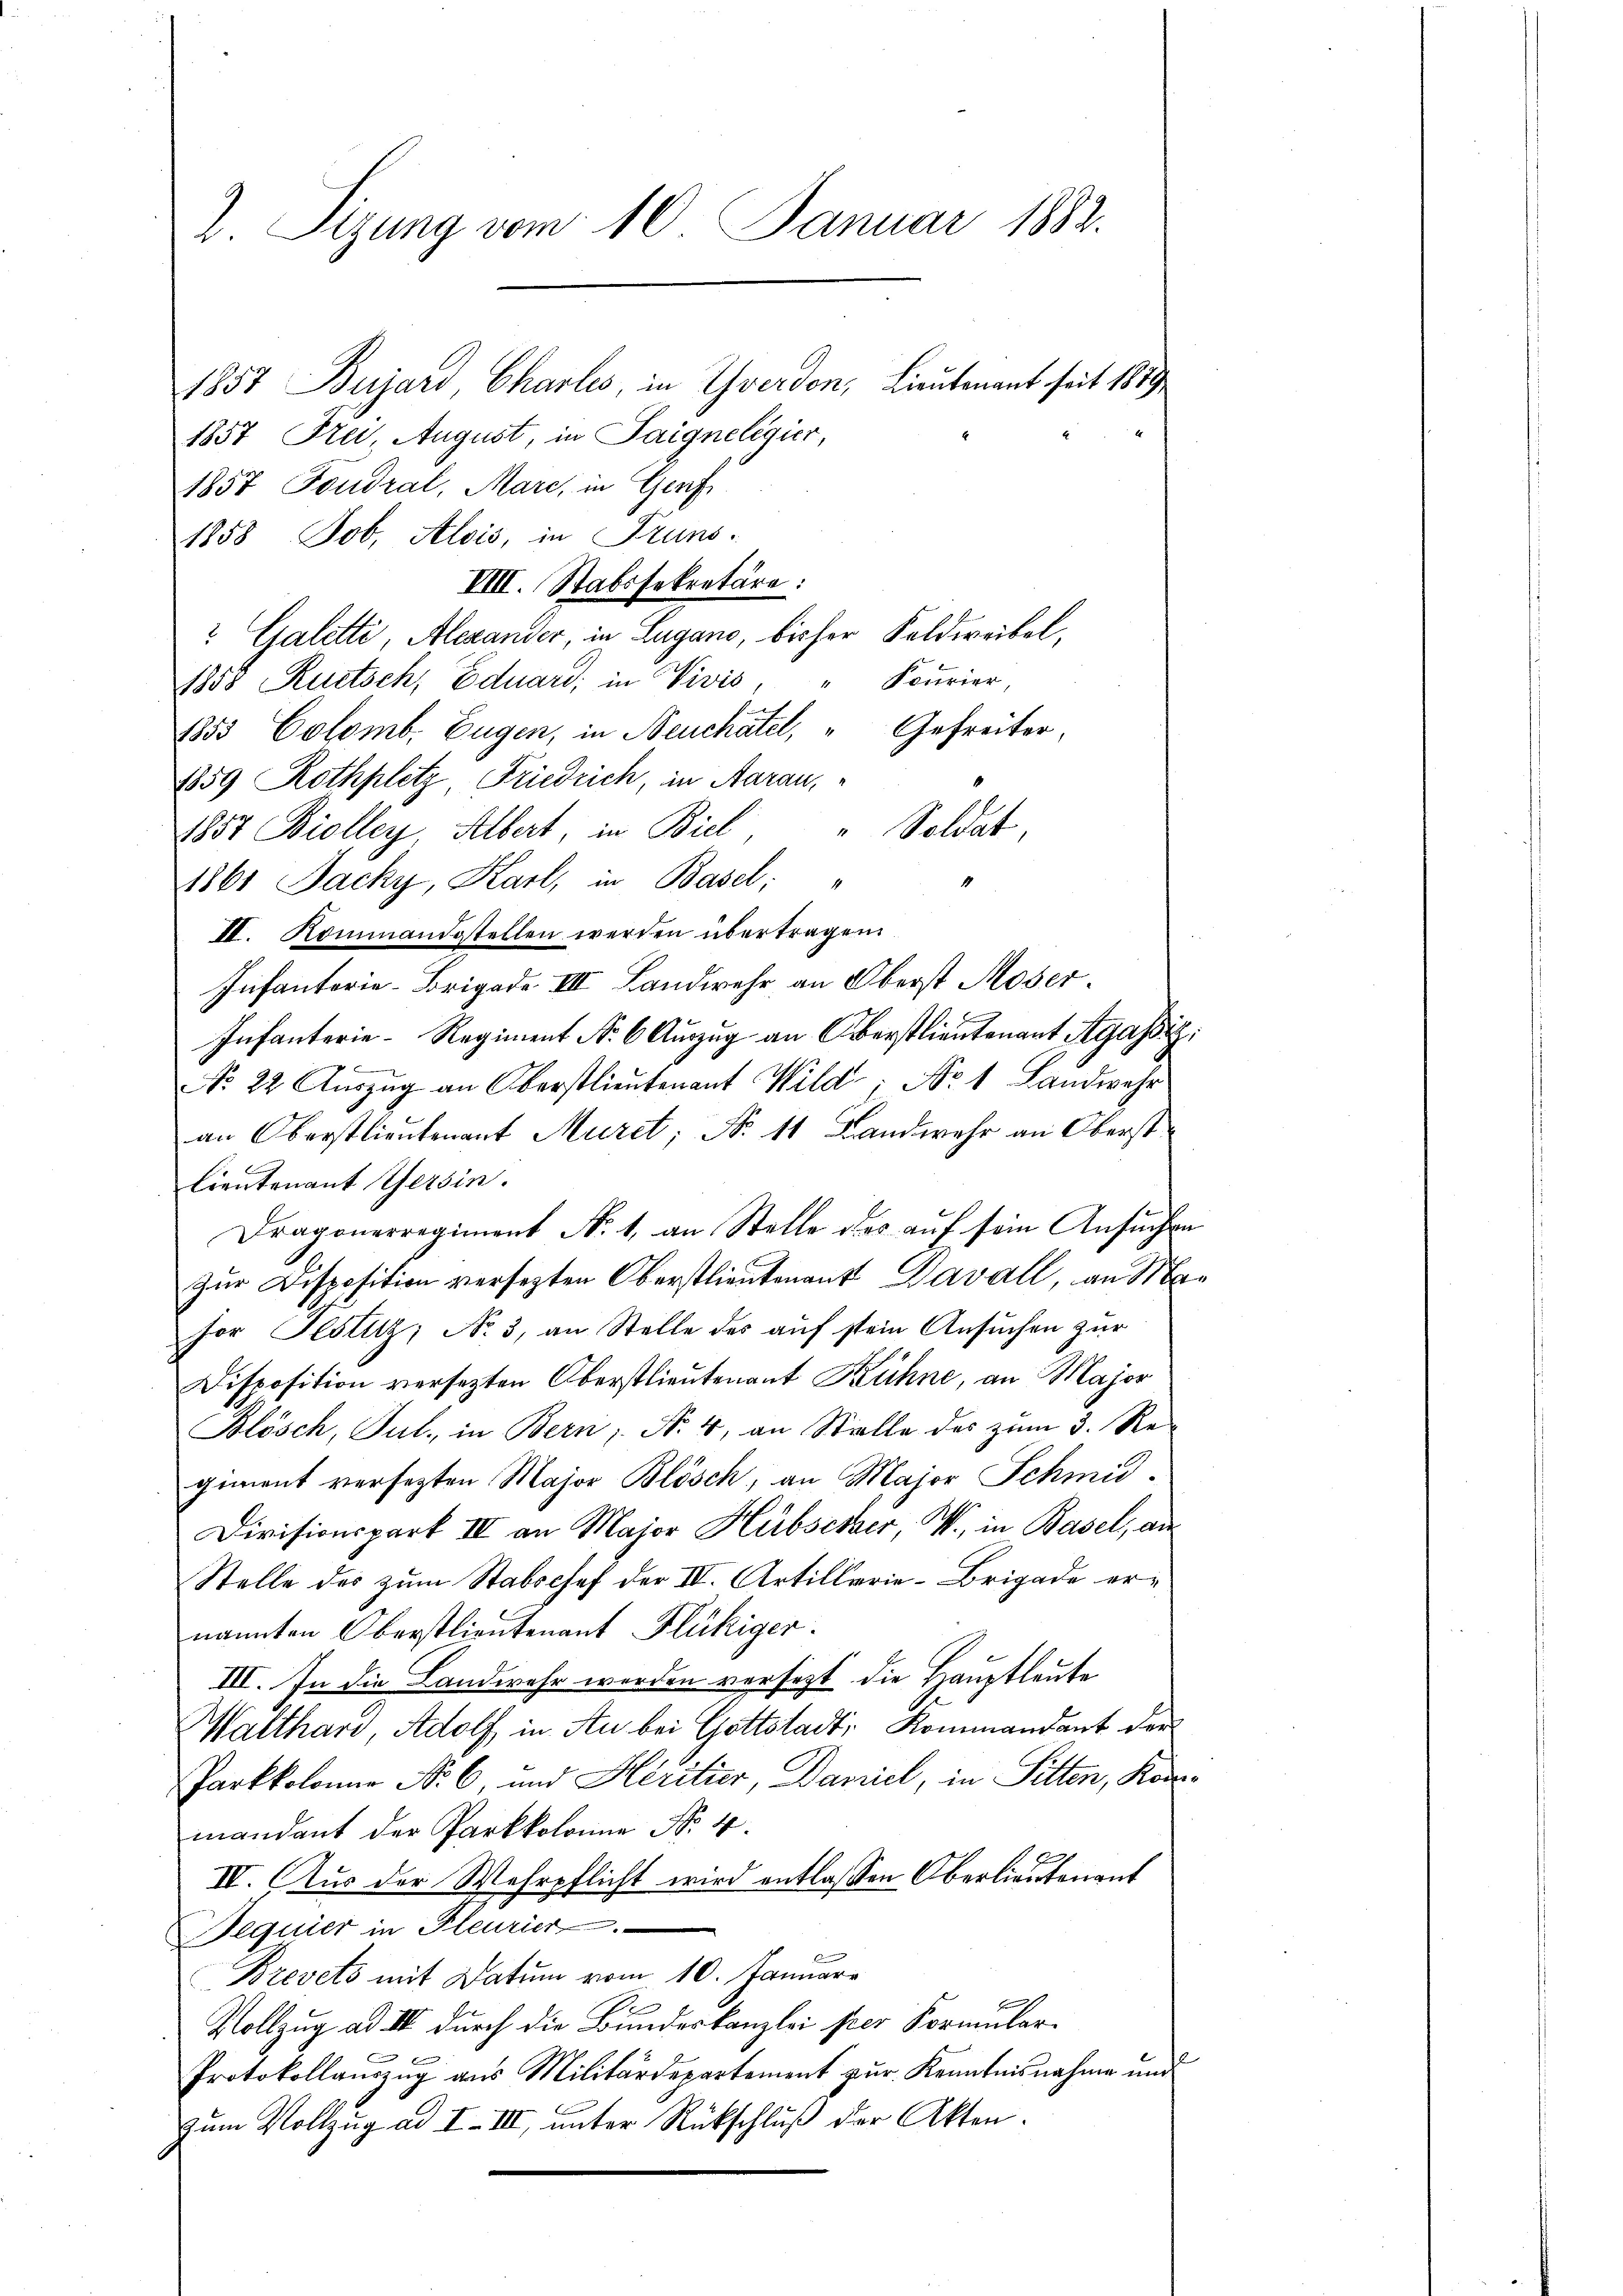
2. Sizung vom 10. Januar 1882.

1857 Frei- August, in Saigneligier,
1857 Foudral, Mare, in Genf
1858 Job. Alois, in Truns
VIII. Stabssekretäre:
? Galetti, Alexander, in Lugano, bisher Feldweibel,
1858 Rutsch, Eduard, in Vivis, " Fcurier
1853 Colomb. Eugen, in Neuchâtel, “ Gefreiter,
1859 Rothplatz Friedrich, in Aarau,
1857 Biolley, Albert, in Biel " Soldat,
1861 Jacky, Karl, in Basel;
II. Kommandestellen werden übertragen.
Infanterie-Brigade III Landwehr an Oberst Moser.
Infanterie-Regiment Nr. 6 Auszug an Oberstlieutenant Agassiz:
No 22. Aŭszŭg an Oberstlieutenant Wild; No. 1 Landwehr
an Oberstlieutenant Muret; N. 11 Landwehr an Oberst
lieutenant Gersin.
Dragonerregiment No 1, an Stelle des auf sein Ansuchen
Zur Disposition versetzten Oberstlieutenant Davall, an Ma
hor Testitz, No 3, an Stelle des aŭf stein Ansŭchen zŭr
Disposition versetzten Oberstlieutenant Kühne, an Major
Blösch, Jul., in Bern; No. 4, an Stelle des zum 3. Regiment versetzten Major Blösch, an Major Schmid.
Divisionspart III an Major Hübscher, W., in Basel, an
Stelle des zum Stabschef der IV. Artillerie-Brigade ernannten Oberstlieutenant Flückiger.
III. In die Landwehr werden versezt die Hauptleute
Walthard, Adolf in Au bei Gottstadt, Kommandant der
Parkkolonar Nr. 6, und Héritier, Daniel, in Sitten, Konmandant der Parkkolonie Nr. 4.
IV. Aus der Wehrpflicht wird entlassen Oberlieutenant
Bequier in Pleurier
Brevets mit Datum vom 10. Januar
Vollzug ad III durch die Bundeskanzlei per Formular¬
Protokollauszug aus Militärdepartement zur Kenntnisnahme und
Zum Vollzug ad I. III, unter Rückschlŭβ der Akten.

1857 Bujard Charlis, in Yverden, Lieutenant seit 1819

14

1